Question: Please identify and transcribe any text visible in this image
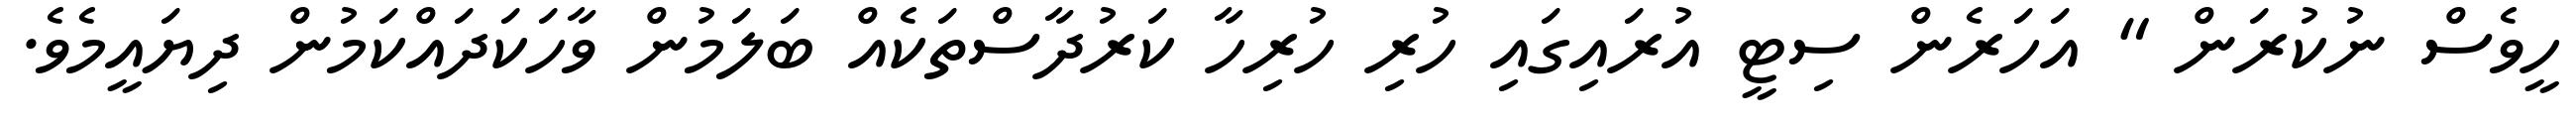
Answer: ހީވެސް ނުކުރަން " އަހަރެން ސިޓީ އުރައިގައި ހުރި ހުރިހާ ކަރުދާސްތަކެއް ބަލަމުން ވާހަކަދައްކަމުން ދިޔައީމެވެ.